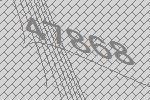
47868